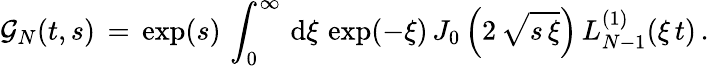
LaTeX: \begin{array}{l}{\displaystyle\mathcal{G}_{N}(t,s)\, =\, \displaystyle\exp(s)\, \int_{0}^{\infty}\, \mathrm{d}\xi\, \exp(-\xi)\, J_{0}\left(2\, \sqrt{s\, \xi}\right)\, L_{N-1}^{(1)}(\xi\, {t})\, .}\end{array}